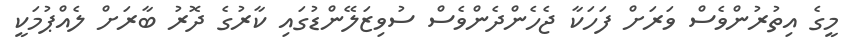
މީގެ އިތުރުންވެސް ވަރަށް ފަހަކާ ޖެހެންދެންވެސް ސުވިޒަލޭންޑުގައި ކާރުގެ ދޮރު ބާރަށް ލެއްޕުމަކީ